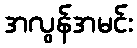
အလွန်အမင်း